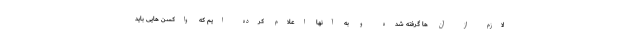
لازم از آن ها گرفته شده و به آنها اعلام کرده ایم که واکسن هایی باید